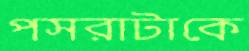
পসরাটাকে